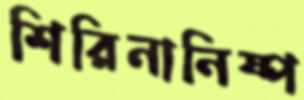
শিরিনানিষ্প